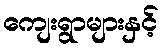
ကျေးရွာများနှင့်